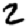
Digit: 2